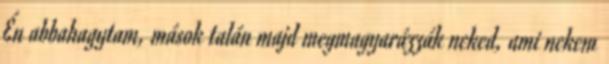
Én abbahagytam, mások talán majd megmagyarázzák neked, ami nekem